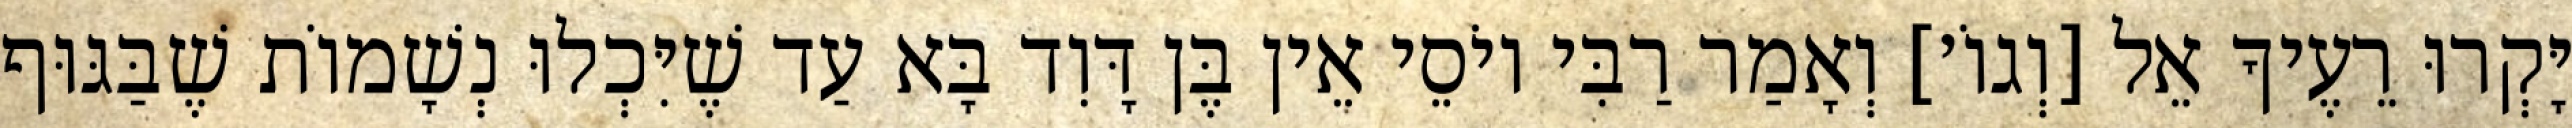
יָּקְרוּ רֵעֶיךָ אֵל [וְגוֹ׳] וְאָמַר רַבִּי יוֹסֵי אֵין בֶּן דָּוִד בָּא עַד שֶׁיִּכְלוּ נְשָׁמוֹת שֶׁבַּגּוּף